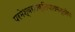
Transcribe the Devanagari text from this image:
परमेश्वरशक्तिपातमन्तरेण